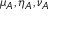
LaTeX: \mu _ { A } , \eta _ { A } , \nu _ { A }